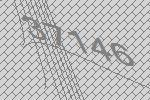
37146